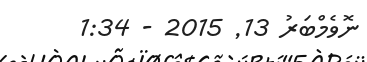
ނޮވެމްބަރު 13